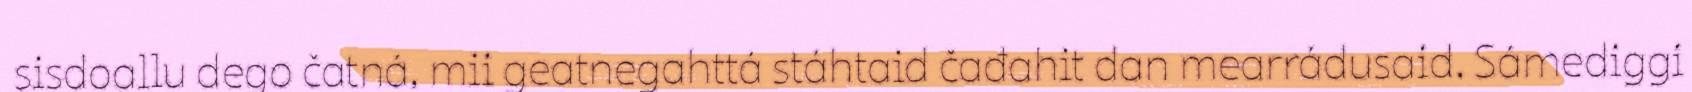
sisdoallu dego čatná, mii geatnegahttá stáhtaid čađahit dan mearrádusaid. Sámediggi